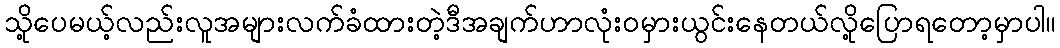
သို့ပေမယ့်လည်းလူအများလက်ခံထားတဲ့ဒီအချက်ဟာလုံးဝမှားယွင်းနေတယ်လို့ပြောရတော့မှာပါ။